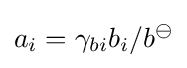
a_{i}=\gamma _{bi}b_{i}/b^{\ominus }